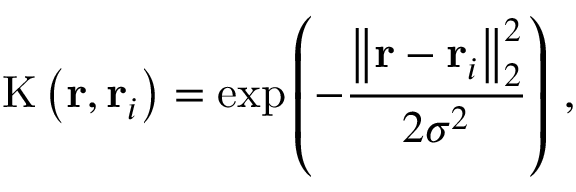
\mathrm { K } \left( \mathbf { r } , \mathbf { r } _ { i } \right) = \exp \left( - \frac { \left\| \mathbf { r } - \mathbf { r } _ { i } \right\| _ { 2 } ^ { 2 } } { 2 \sigma ^ { 2 } } \right) \, ,